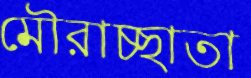
মৌরাচ্ছাতা